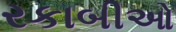
રકાબીઓ